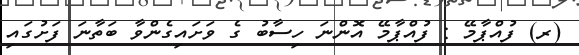
(ރ) ފުއްޕާމޭ : ފުއްޕާމޭ އޮންނަ ހިސާބު ގެ ވަށައިގެންވާ ބަތާނަ ފަށުގައި